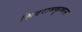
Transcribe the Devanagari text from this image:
शिवरामकॄष्णन